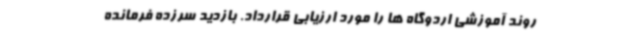
روند آموزشی اردوگاه ها را مورد ارزیابی قرارداد. بازدید سرزده فرمانده